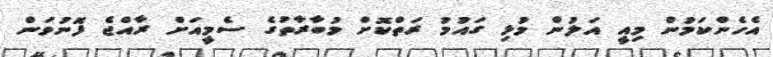
އެހެންކަމުން މިއީ އަލުން މުޅި ގައުމު ރަތްކޮށް މުބާރާތުގެ ސެމީއަށް ރާއްޖެ ފޮނުވަން